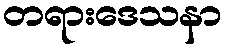
တရားဒေသနာ